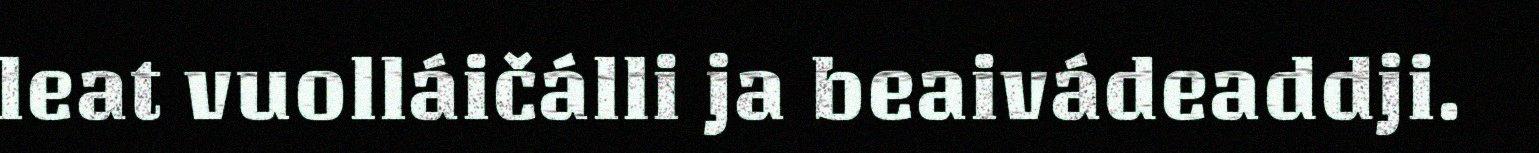
leat vuolláičálli ja beaivádeaddji.